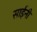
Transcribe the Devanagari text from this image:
साईनी